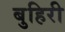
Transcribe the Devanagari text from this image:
बुहिरी